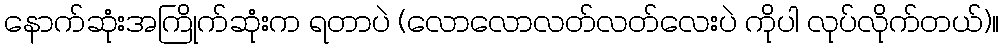
နောက်ဆုံးအကြိုက်ဆုံးက ရတာပဲ (လောလောလတ်လတ်လေးပဲ ကိုပါ လုပ်လိုက်တယ်)။